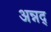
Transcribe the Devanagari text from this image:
अन्नद्